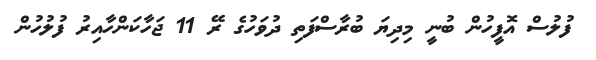
ފުލުސް އޮފީހުން ބުނީ މިދިޔަ ބުރާސްފަތި ދުވަހުގެ ރޭ 11 ޖަހާކަންހާއިރު ފުލުހުން